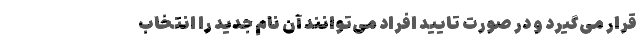
قرار می‌گیرد و در صورت تایید افراد می‌توانند آن نام جدید را انتخاب